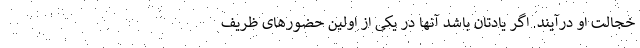
خجالت او درآیند. اگر یادتان باشد آنها در یکی از اولین حضورهای ظریف